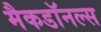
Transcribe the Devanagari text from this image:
मैकडॉनल्स